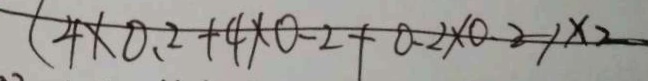
( 4 \times 0 . 2 + 4 \times 0 . 2 + 0 . 2 \times 0 . 2 \times 2